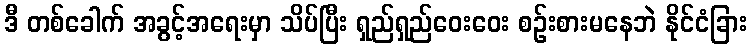
ဒီ တစ်ခေါက် အခွင့်အရေးမှာ သိပ်ပြီး ရှည်ရှည်ဝေးဝေး စဉ်းစားမနေဘဲ နိုင်ငံခြား